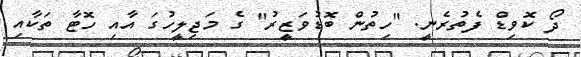
ދޯ ކޮވިޑް ފެތުރެނީ. "ހިތުން ބޮޑުވަޒީރު" ގެ މަޖިލީހުގަ އާއި ހޮޓާ ތަކާއި